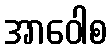
အာဝေါစ